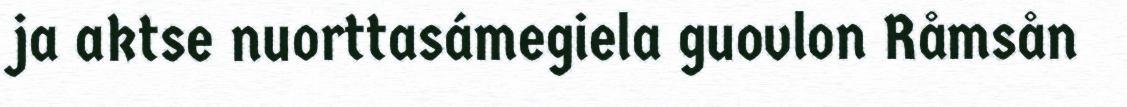
ja aktse nuorttasámegiela guovlon Råmsån